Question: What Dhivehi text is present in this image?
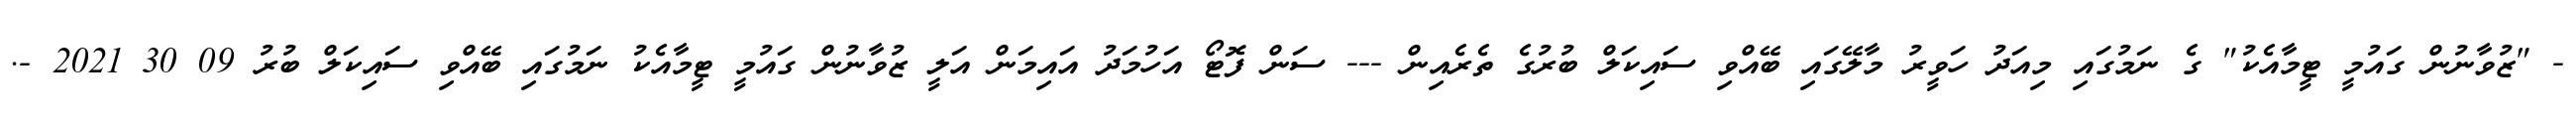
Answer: - "ޒުވާނުން ގައުމީ ޓީމާއެކު" ގެ ނަމުގައި މިއަދު ހަވީރު މާލޭގައި ބޭއްވި ސައިކަލް ބުރުގެ ތެރެއިން --- ސަން ފޮޓޯ އަހުމަދު އައިމަން އަލީ ޒުވާނުން ގައުމީ ޓީމާއެކު ނަމުގައި ބޭއްވި ސައިކަލް ބުރު 09 30 2021 -.